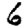
Digit: 6